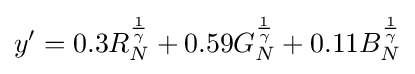
y'=0.3R_{N}^{\frac {1}{\gamma }}+0.59G_{N}^{\frac {1}{\gamma }}+0.11B_{N}^{\frac {1}{\gamma }}